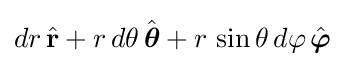
dr\,{\hat {\mathbf {r} }}+r\,d\theta \,{\hat {\boldsymbol {\theta }}}+r\,\sin \theta \,d\varphi \,{\hat {\boldsymbol {\varphi }}}